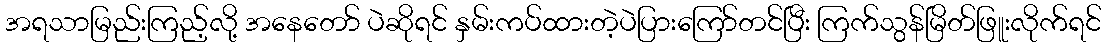
အရသာမြည်းကြည့်လို့ အနေတော် ပဲဆိုရင် နှမ်းကပ်ထားတဲ့ပဲပြားကြော်တင်ပြီး ကြက်သွန်မြိတ်ဖြူးလိုက်ရင်